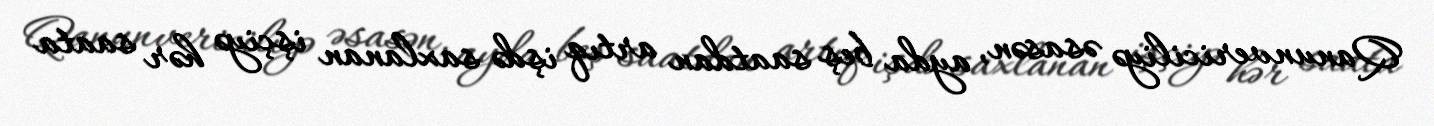
Qanunvericiliyə əsasən, ayda beş saatdan artıq işdə saxlanan işçiyə hər saata